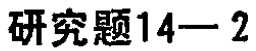
研究题14—2